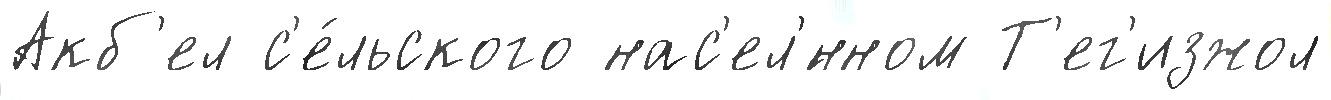
Акб'ел с'е́льского нас'ел'́нном Т'ег'изжол